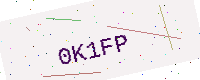
Text: 0K1FP